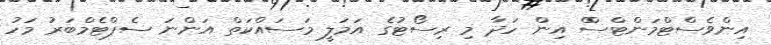
އިންވެސްޓްމަންޓްސްް އިން ހަދާ މި ރިސޯޓުގެ އަމަލީ މަސައްކަތް އަންނަ ސެޕްޓެމްބަރު މަހު